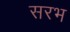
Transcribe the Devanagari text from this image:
सरभ